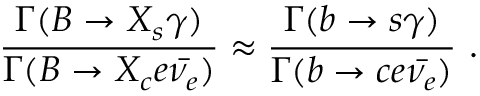
\frac { \Gamma ( B \to X _ { s } \gamma ) } { \Gamma ( B \to X _ { c } e \bar { \nu _ { e } } ) } \approx \frac { \Gamma ( b \to s \gamma ) } { \Gamma ( b \to c e \bar { \nu _ { e } } ) } \ .